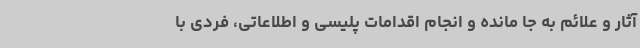
آثار و علائم به جا مانده و انجام اقدامات پلیسی و اطلاعاتی، فردی با